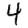
Digit: 4